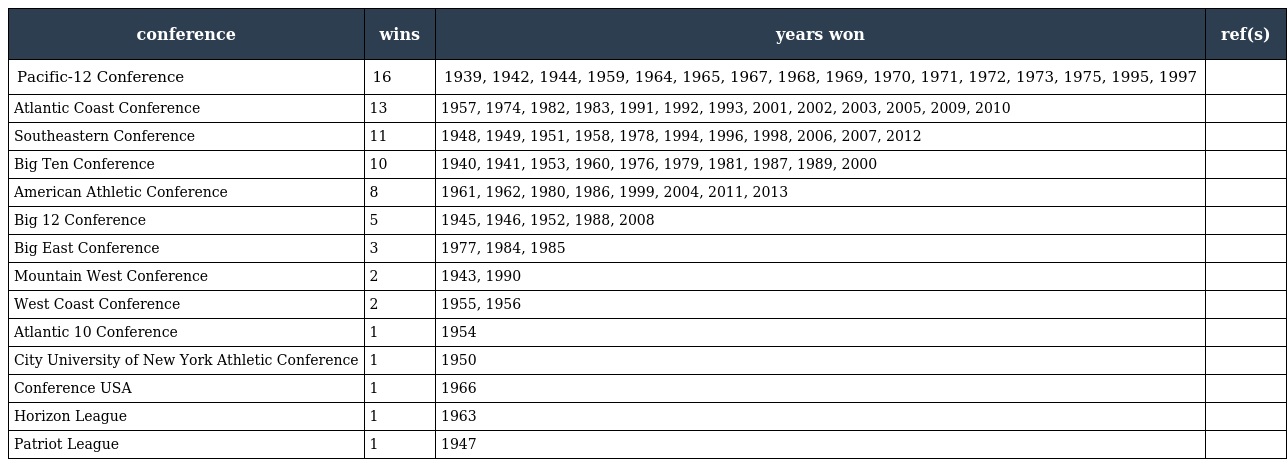
| conference | wins | years won | ref(s) |
 | --- | --- | --- | --- |
 | Pacific-12 Conference | 16 | 1939, 1942, 1944, 1959, 1964, 1965, 1967, 1968, 1969, 1970, 1971, 1972, 1973, 1975, 1995, 1997 |  |
 | Atlantic Coast Conference | 13 | 1957, 1974, 1982, 1983, 1991, 1992, 1993, 2001, 2002, 2003, 2005, 2009, 2010 |  |
 | Southeastern Conference | 11 | 1948, 1949, 1951, 1958, 1978, 1994, 1996, 1998, 2006, 2007, 2012 |  |
 | Big Ten Conference | 10 | 1940, 1941, 1953, 1960, 1976, 1979, 1981, 1987, 1989, 2000 |  |
 | American Athletic Conference | 8 | 1961, 1962, 1980, 1986, 1999, 2004, 2011, 2013 |  |
 | Big 12 Conference | 5 | 1945, 1946, 1952, 1988, 2008 |  |
 | Big East Conference | 3 | 1977, 1984, 1985 |  |
 | Mountain West Conference | 2 | 1943, 1990 |  |
 | West Coast Conference | 2 | 1955, 1956 |  |
 | Atlantic 10 Conference | 1 | 1954 |  |
 | City University of New York Athletic Conference | 1 | 1950 |  |
 | Conference USA | 1 | 1966 |  |
 | Horizon League | 1 | 1963 |  |
 | Patriot League | 1 | 1947 |  |